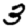
Digit: 3